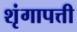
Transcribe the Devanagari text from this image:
शृंगापत्ती